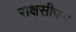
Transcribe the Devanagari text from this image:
राक्षसीपन